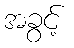
အခွင့်